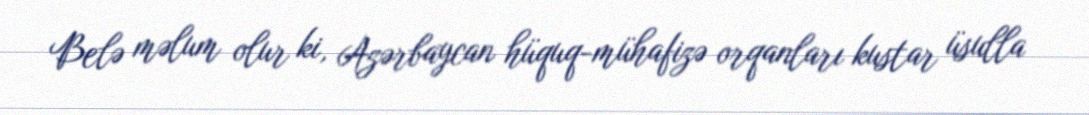
Belə məlum olur ki, Azərbaycan hüquq-mühafizə orqanları kustar üsulla